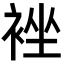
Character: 𮖉